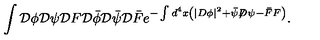
\int { \cal D } \phi { \cal D } \psi { \cal D } F { \cal D } \bar { \phi } { \cal D } \bar { \psi } { \cal D } \bar { F } e ^ { - \int d ^ { 4 } x \left( | D \phi | ^ { 2 } + \bar { \psi } { \not D } \psi - \bar { F } F \right) } .